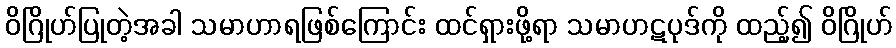
ဝိဂြိုဟ်ပြုတဲ့အခါ သမာဟာရဖြစ်ကြောင်း ထင်ရှားဖို့ရာ သမာဟဋပုဒ်ကို ထည့်၍ ဝိဂြိုဟ်